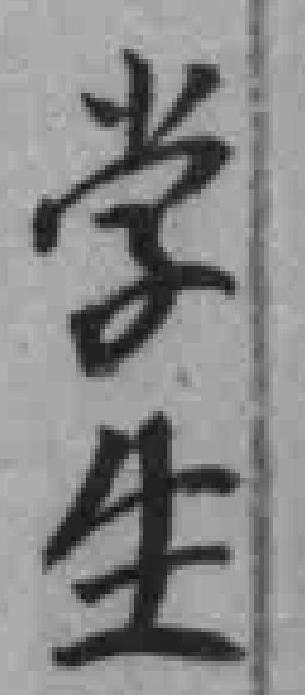
学生